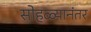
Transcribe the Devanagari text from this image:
सोहळ्यानंतर